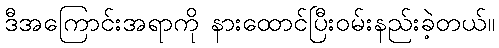
ဒီအကြောင်းအရာကို နားထောင်ပြီးဝမ်းနည်းခဲ့တယ်။